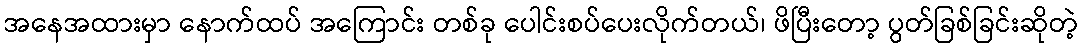
အနေအထားမှာ နောက်ထပ် အကြောင်း တစ်ခု ပေါင်းစပ်ပေးလိုက်တယ်၊ ဖိပြီးတော့ ပွတ်ခြစ်ခြင်းဆိုတဲ့